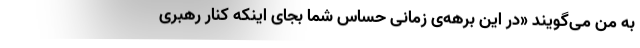
به من می‌گویند «در این برهه‌ی زمانی حساس شما بجای اینکه کنار رهبری